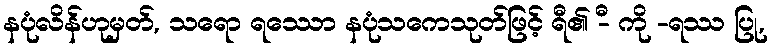
နပုံလိန်ဟုမှတ်, သရော ရဿော နပုံသကေသုတ်ဖြင့် ရီ၏ -ီ ကို -ရဿ ပြု,